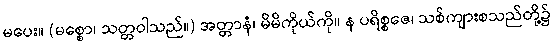
မပေး။ (မစ္စော၊ သတ္တဝါသည်။) အတ္တာနံ၊ မိမိကိုယ်ကို။ န ပရိစ္စဇေ၊ သစ်ကျားစသည်တို့၌